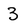
Character: 3